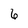
Character: 6